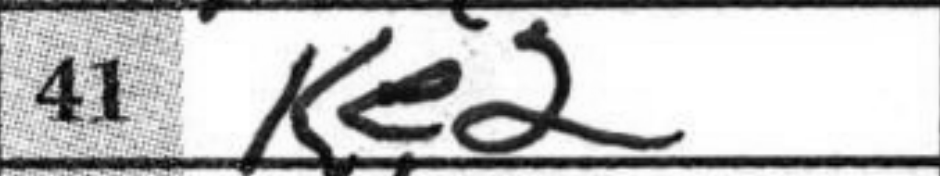
Transcription: Ke2